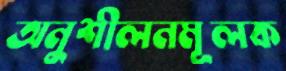
অনুশীলনমূলক